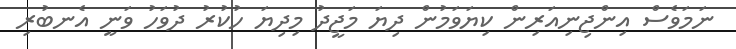
ނަމަވެސް އިންޖިނިއަރިން ކިޔަވަމުން ދިޔަ މަޖީދު މިދިޔަ ހުކުރު ދުވަހު ވަނީ އެނބުރި